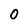
Character: 0